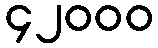
၄၂၀၀၀